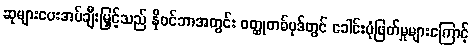
ဆုများပေးအပ်ချီးမြှင့်သည် နိုဝင်ဘာအတွင်း ဝတ္ထုတစ်ပုဒ်တွင် ခေါင်းပုံဖြတ်မှုများကြောင့်